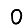
Digit: 0